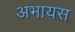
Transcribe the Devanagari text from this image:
अभायस